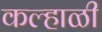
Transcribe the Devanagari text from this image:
कल्हाळी